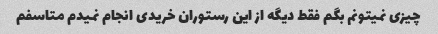
چیزی نمیتونم بگم فقط دیگه از این رستوران خریدی انجام نمیدم متاسفم